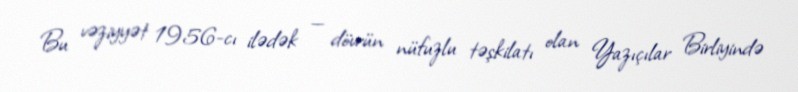
Bu vəziyyət 1956-cı ilədək — dövrün nüfuzlu təşkilatı olan Yazıçılar Birliyində